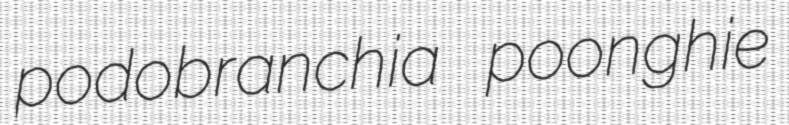
podobranchia poonghie